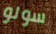
سولو